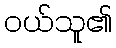
ဝယ်သူ၏